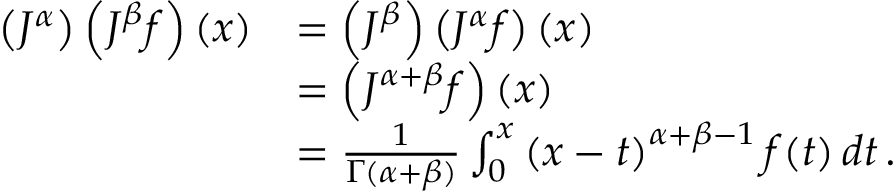
{ \begin{array} { r l } { \left( J ^ { \alpha } \right) \left( J ^ { \beta } f \right) ( x ) } & { = \left( J ^ { \beta } \right) \left( J ^ { \alpha } f \right) ( x ) } \\ & { = \left( J ^ { \alpha + \beta } f \right) ( x ) } \\ & { = { \frac { 1 } { \Gamma ( \alpha + \beta ) } } \int _ { 0 } ^ { x } \left( x - t \right) ^ { \alpha + \beta - 1 } f ( t ) \, d t \, . } \end{array} }